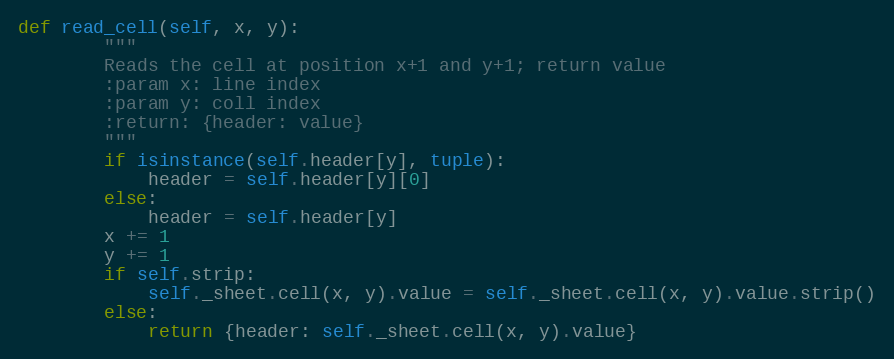
Language: Python
def read_cell(self, x, y):
        """
        Reads the cell at position x+1 and y+1; return value
        :param x: line index
        :param y: coll index
        :return: {header: value}
        """
        if isinstance(self.header[y], tuple):
            header = self.header[y][0]
        else:
            header = self.header[y]
        x += 1
        y += 1
        if self.strip:
            self._sheet.cell(x, y).value = self._sheet.cell(x, y).value.strip()
        else:
            return {header: self._sheet.cell(x, y).value}